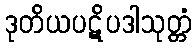
ဒုတိယပဋိပဒါသုတ္တံ